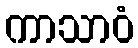
ကာသာဝံ